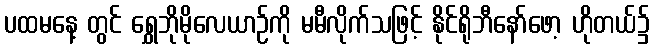
ပထမနေ့ တွင် ရွှေဘိုမိုလေယာဉ်ကို မမီလိုက်သဖြင့် နိုင်ရိုဘီနော်ဖော့ ဟိုတယ်၌